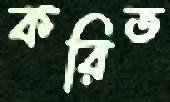
করিত